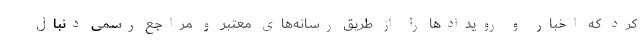
کرد که اخبار و رویدادها را از طریق رسانه‌های معتبر و مراجع رسمی دنبال